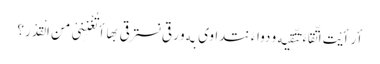
أرَأیْتَ اتّقاءً نتّقِیه و دواءً نتداوی به و رقیً نسترقی بها أتُغْنِنِیْ منَ الْقَدْر؟